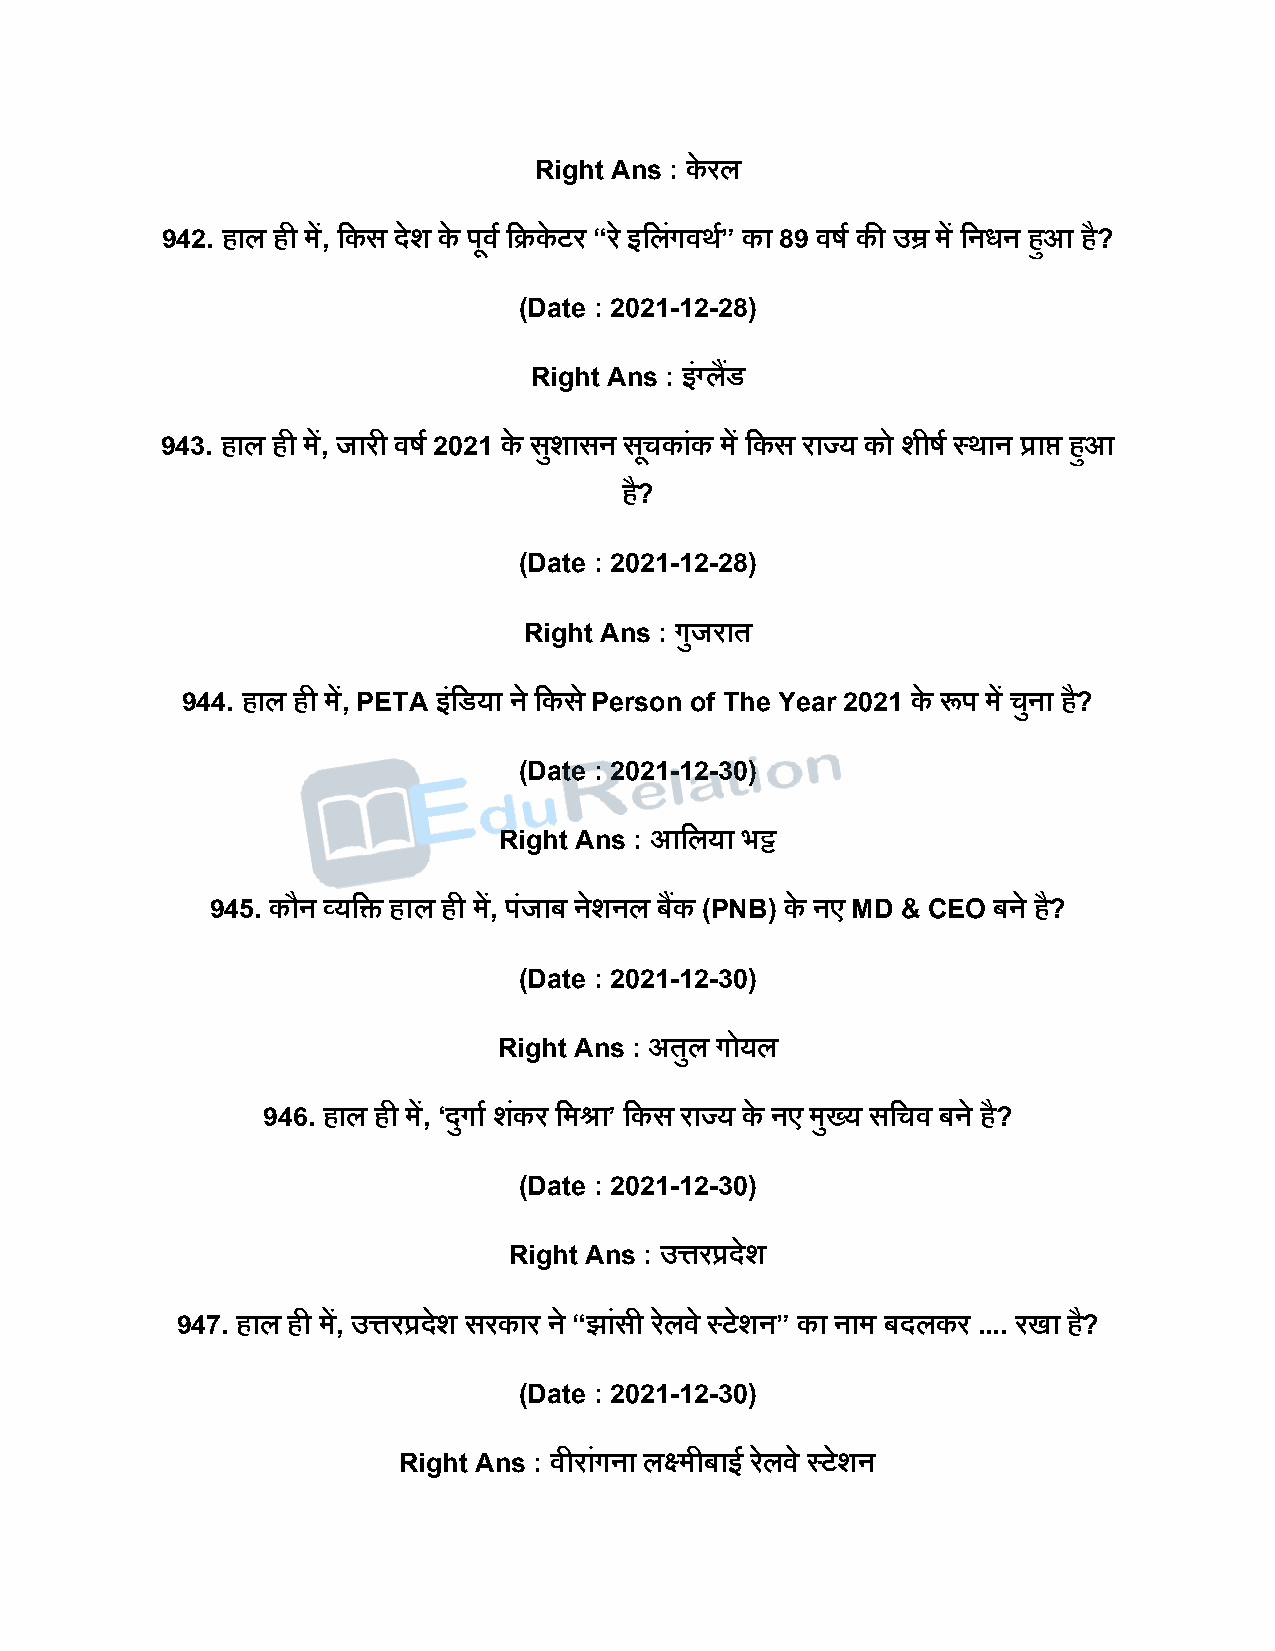
Right Ans : के रल
 942. हाल ही में, दकस िेश के िूवष दक्रके टर “र े इदलगं वथष” का 89 वर्ष की उम्र में दनधन हुआ है?
 (Date : 2021-12-28)
 Right Ans : इंग्लडैं
 943. हाल ही में, जारी वर्ष 2021 के सशु ासन सचू कांक में दकस राज्य को शीर्ष स्थान प्राप्त हुआ
 है?
 (Date : 2021-12-28)
 Right Ans : गुजरात
 944. हाल ही में, PETA इंदडया ने दकस े Person of The Year 2021 के रूि में चुना है?
 (Date : 2021-12-30)
 Right Ans : आदलया भट्ट
 945. कौन व्यदि हाल ही में, िंजाब नेशनल बकैं (PNB) के नए MD & CEO बने है?
 (Date : 2021-12-30)
 Right Ans : अतुल गोयल
 946. हाल ही में, ‘िुगाष शकं र दमश्रा’ दकस राज्य के नए मुख्य सदचव बने है?
 (Date : 2021-12-30)
 Right Ans : उत्तरप्रिेश
 947. हाल ही में, उत्तरप्रिेश सरकार ने “झांसी रले वे स्टेशन” का नाम बिलकर .... रखा ह?ै
 (Date : 2021-12-30)
 Right Ans : वीरांगना लक्ष्मीबाई रले वे स्टेशन